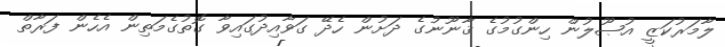
ލާމަރުކަޒީ އުޞޫލުން ހިންގުމުގެ ޤާނޫނުގެ ދަށުން ހެދޭ ގަވާއިދުގައިވާ ގޮތުގެމަތިން އެހެން ފަރާތް